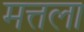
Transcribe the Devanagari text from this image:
मत्तला